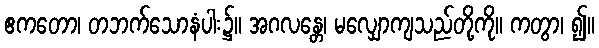
ဧကတော၊ တဘက်သောနံပါး၌။ အဂလန္တေ၊ မလျှောကျသည်တို့ကို။ ကတွာ၊ ၍။